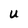
Character: U